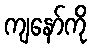
ကျနော်ကို